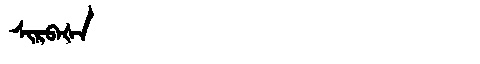
Manchu: ᠰᡳᡵᠪᠠᡧᠠ
Romanization: SIRBAŠA